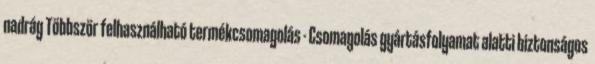
nadrág Többször felhasználható termékcsomagolás - Csomagolás gyártásfolyamat alatti biztonságos